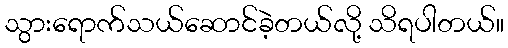
သွားရောက်သယ်ဆောင်ခဲ့တယ်လို့ သိရပါတယ်။